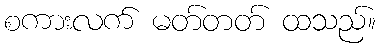
စကားလက် မတ်တတ် ထသည်။